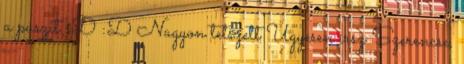
a puszit :D :D Nagyon tetszett Ügyesen írsz Szerencse,